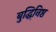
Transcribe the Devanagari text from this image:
बुद्धिनि़ष्ठ